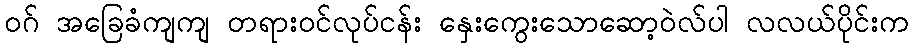
ဝဂ် အခြေခံကျကျ တရားဝင်လုပ်ငန်း နှေးကွေးသောဆော့ဝဲလ်ပါ လလယ်ပိုင်းက